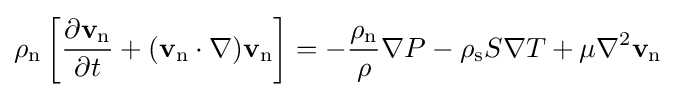
\rho _{\text{n}}\left[{\frac {\partial \mathbf {v} _{\text{n}}}{\partial t}}+(\mathbf {v} _{\text{n}}\cdot \nabla )\mathbf {v} _{\text{n}}\right]=-{\frac {\rho _{\text{n}}}{\rho }}\nabla P-\rho _{\text{s}}S\nabla T+\mu \nabla ^{2}\mathbf {v} _{\text{n}}